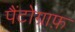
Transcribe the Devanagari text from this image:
पैंटोग्राफ़